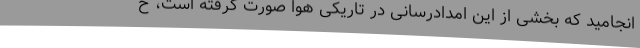
انجامید که بخشی از این امدادرسانی در تاریکی هوا صورت گرفته است، خ